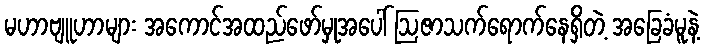
မဟာဗျူဟာများ အကောင်အထည်ဖော်မှုအပေါ် ဩဇာသက်ရောက်နေရှိတဲ့ အခြေခံမူနဲ့